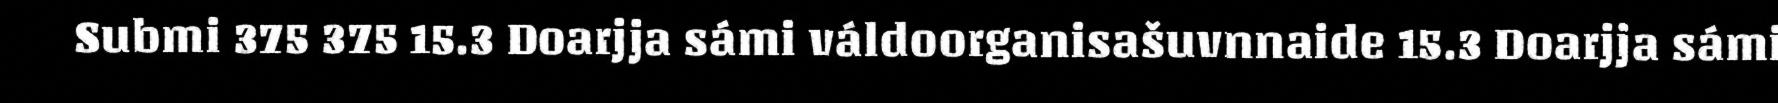
Submi 375 375 15.3 Doarjja sámi váldoorganisašuvnnaide 15.3 Doarjja sámi